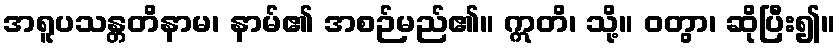
အရူပသန္တတိနာမ၊ နာမ်၏ အစဉ်မည်၏။ ဣတိ၊ သို့။ ဝတွာ၊ ဆိုပြီး၍။